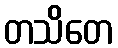
တသိတေ